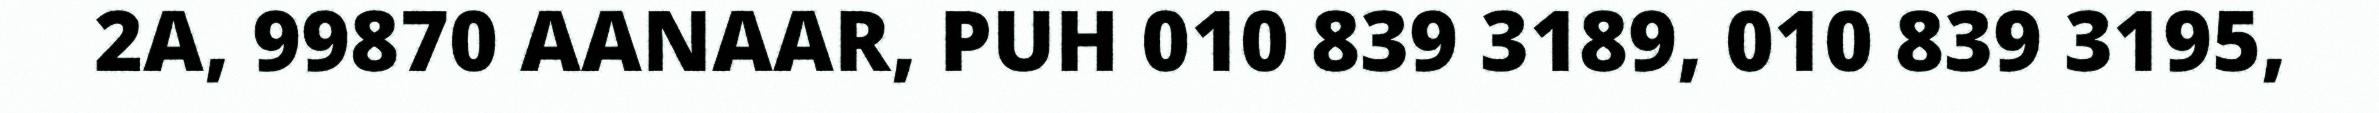
2A, 99870 AANAAR, PUH 010 839 3189, 010 839 3195,